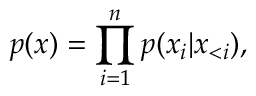
p ( \boldsymbol x ) = \prod _ { i = 1 } ^ { n } p ( x _ { i } | \boldsymbol x _ { < i } ) ,